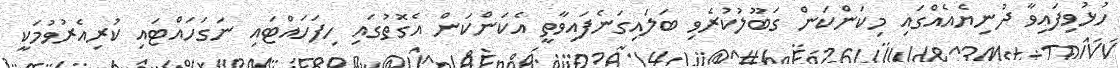
ހުޅުވިފައިވާ ދުނިޔެއެއްގައި މިކަންކަން ގަބޫލުކުރެވި ބަލައިގަނެފައިވާތީ އެކަންކަން އެގޮތުގައި ހިފަހައްޓައި ނަގަހައްޓައި ކުރިއެރުވުމަކީ